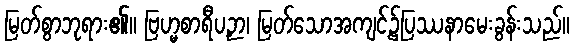
မြတ်စွာဘုရား၏။ ဗြဟ္မစာရီပဉှာ၊ မြတ်သောအကျင့်၌ပြဿနာမေးခွန်းသည်။